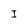
Character: I